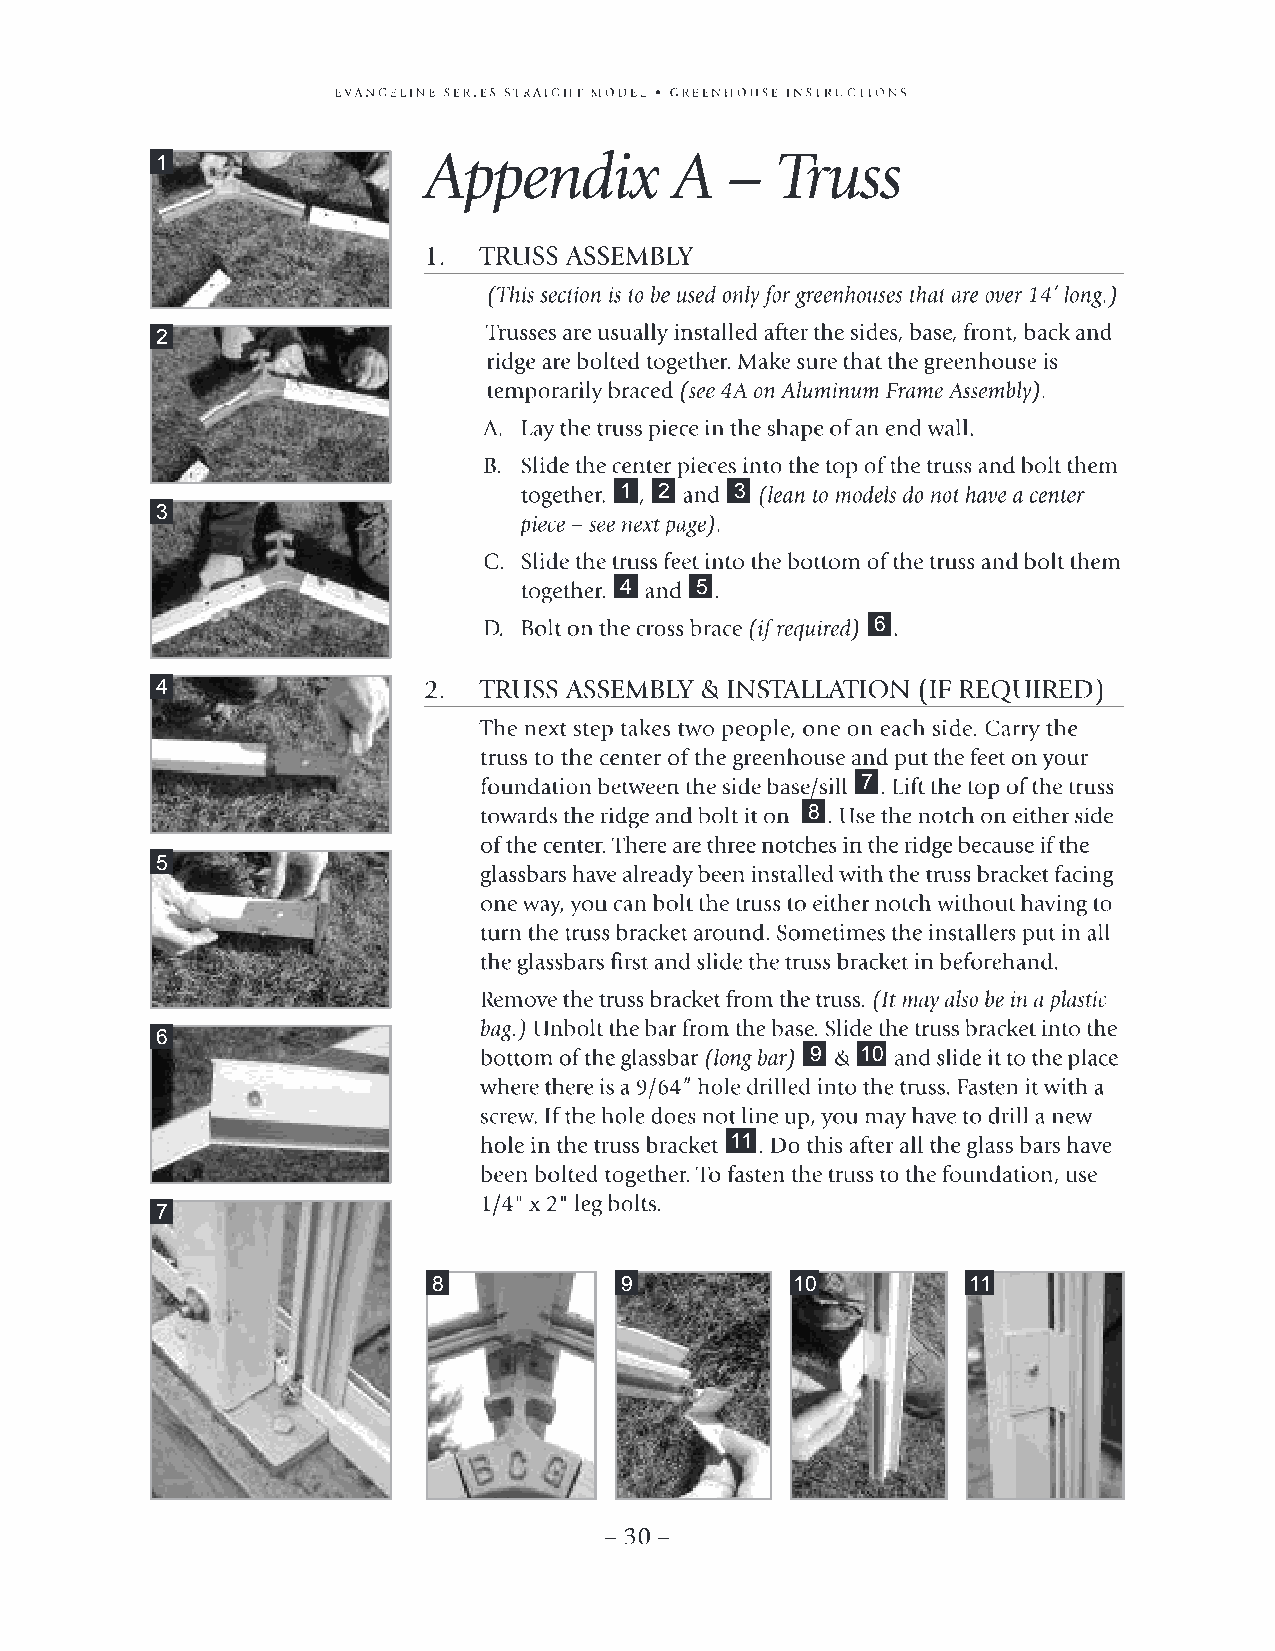
1
 2
 1  2    3
 3
 4    5
 6
 4
 7
 8
 5
 6
 9  10
 11
 7
 8           9           10         11